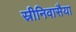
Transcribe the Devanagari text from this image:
स्रीनिवासैया